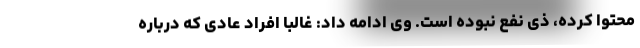
محتوا کرده، ذی نفع نبوده است. وی ادامه داد: غالبا افراد عادی که درباره